Scottish Certificate of Education, 1963
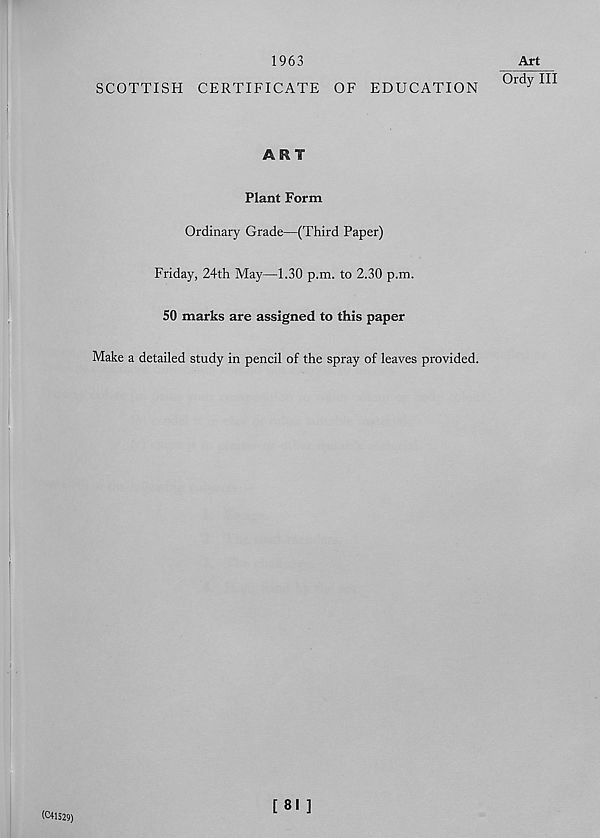
1963
Art
SCOTTISH CERTIFICATE OF EDUCATION
ART
Plant Form
Ordinary Grade—(Third Paper)
Friday, 24th May—1.30 p.m. to 2.30 p.m.
50 marks are assigned to this paper
Make a detailed study in pencil of the spray of leaves provided.
Ordy III
(C41529)
[ 81 ]